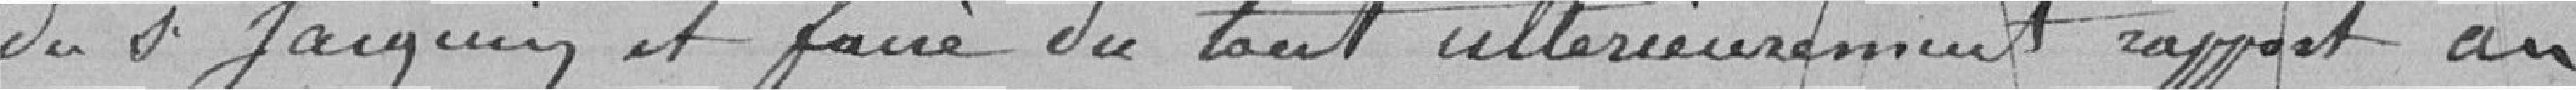
du Sieur JACQUIN et faire du tout ultérieurement rapport au